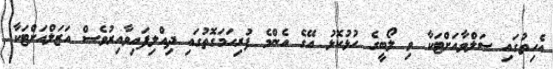
އެހިތުގައި ސަލްވާއަށްޓަކާ ވި ލޯބީގެ ހުޅުކޮޅު އޭގެ އެންމެ ފުރިހަމަގޮތުގައި ދިއްލިފައިވާއިރުވެސް އަޒަލްއަށްޓަކާ